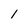
Character: 1